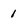
Character: 1